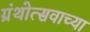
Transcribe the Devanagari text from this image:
ग्रंथोत्सवाच्या